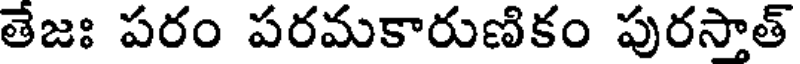
తేజః పరం పరమకారుణికం పురస్తాత్